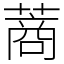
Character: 蔏